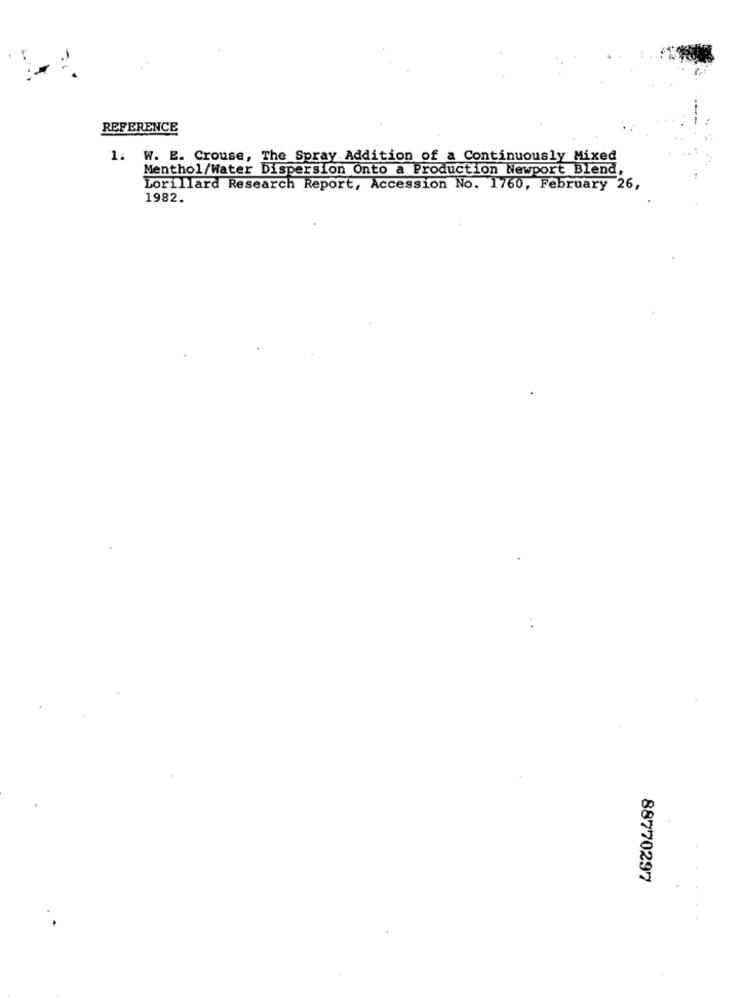
REFERENCE
1. W. E. Crouse, The Spray Addition of a Continuously Mixed
Menthol/Water Dispersion Onto a Production Newport Blend,
Lorillard Research Report, Accession No. 1760, February 26,
1982.
88770297